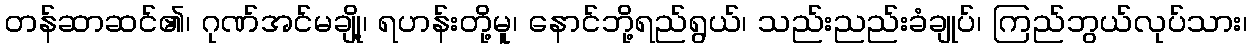
တန်ဆာဆင်၏၊ ဂုဏ်အင်မချို့၊ ရဟန်းတို့မူ၊ နောင်ဘို့ရည်ရွယ်၊ သည်းညည်းခံချုပ်၊ ကြည်ဘွယ်လုပ်သား၊